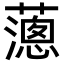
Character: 𦿞